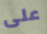
على